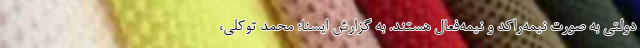
دولتی به صورت نیمه‌راکد و نیمه‌فعال هستند. به گزارش ایسنا؛ محمد توکلی،